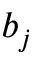
b _ { j }